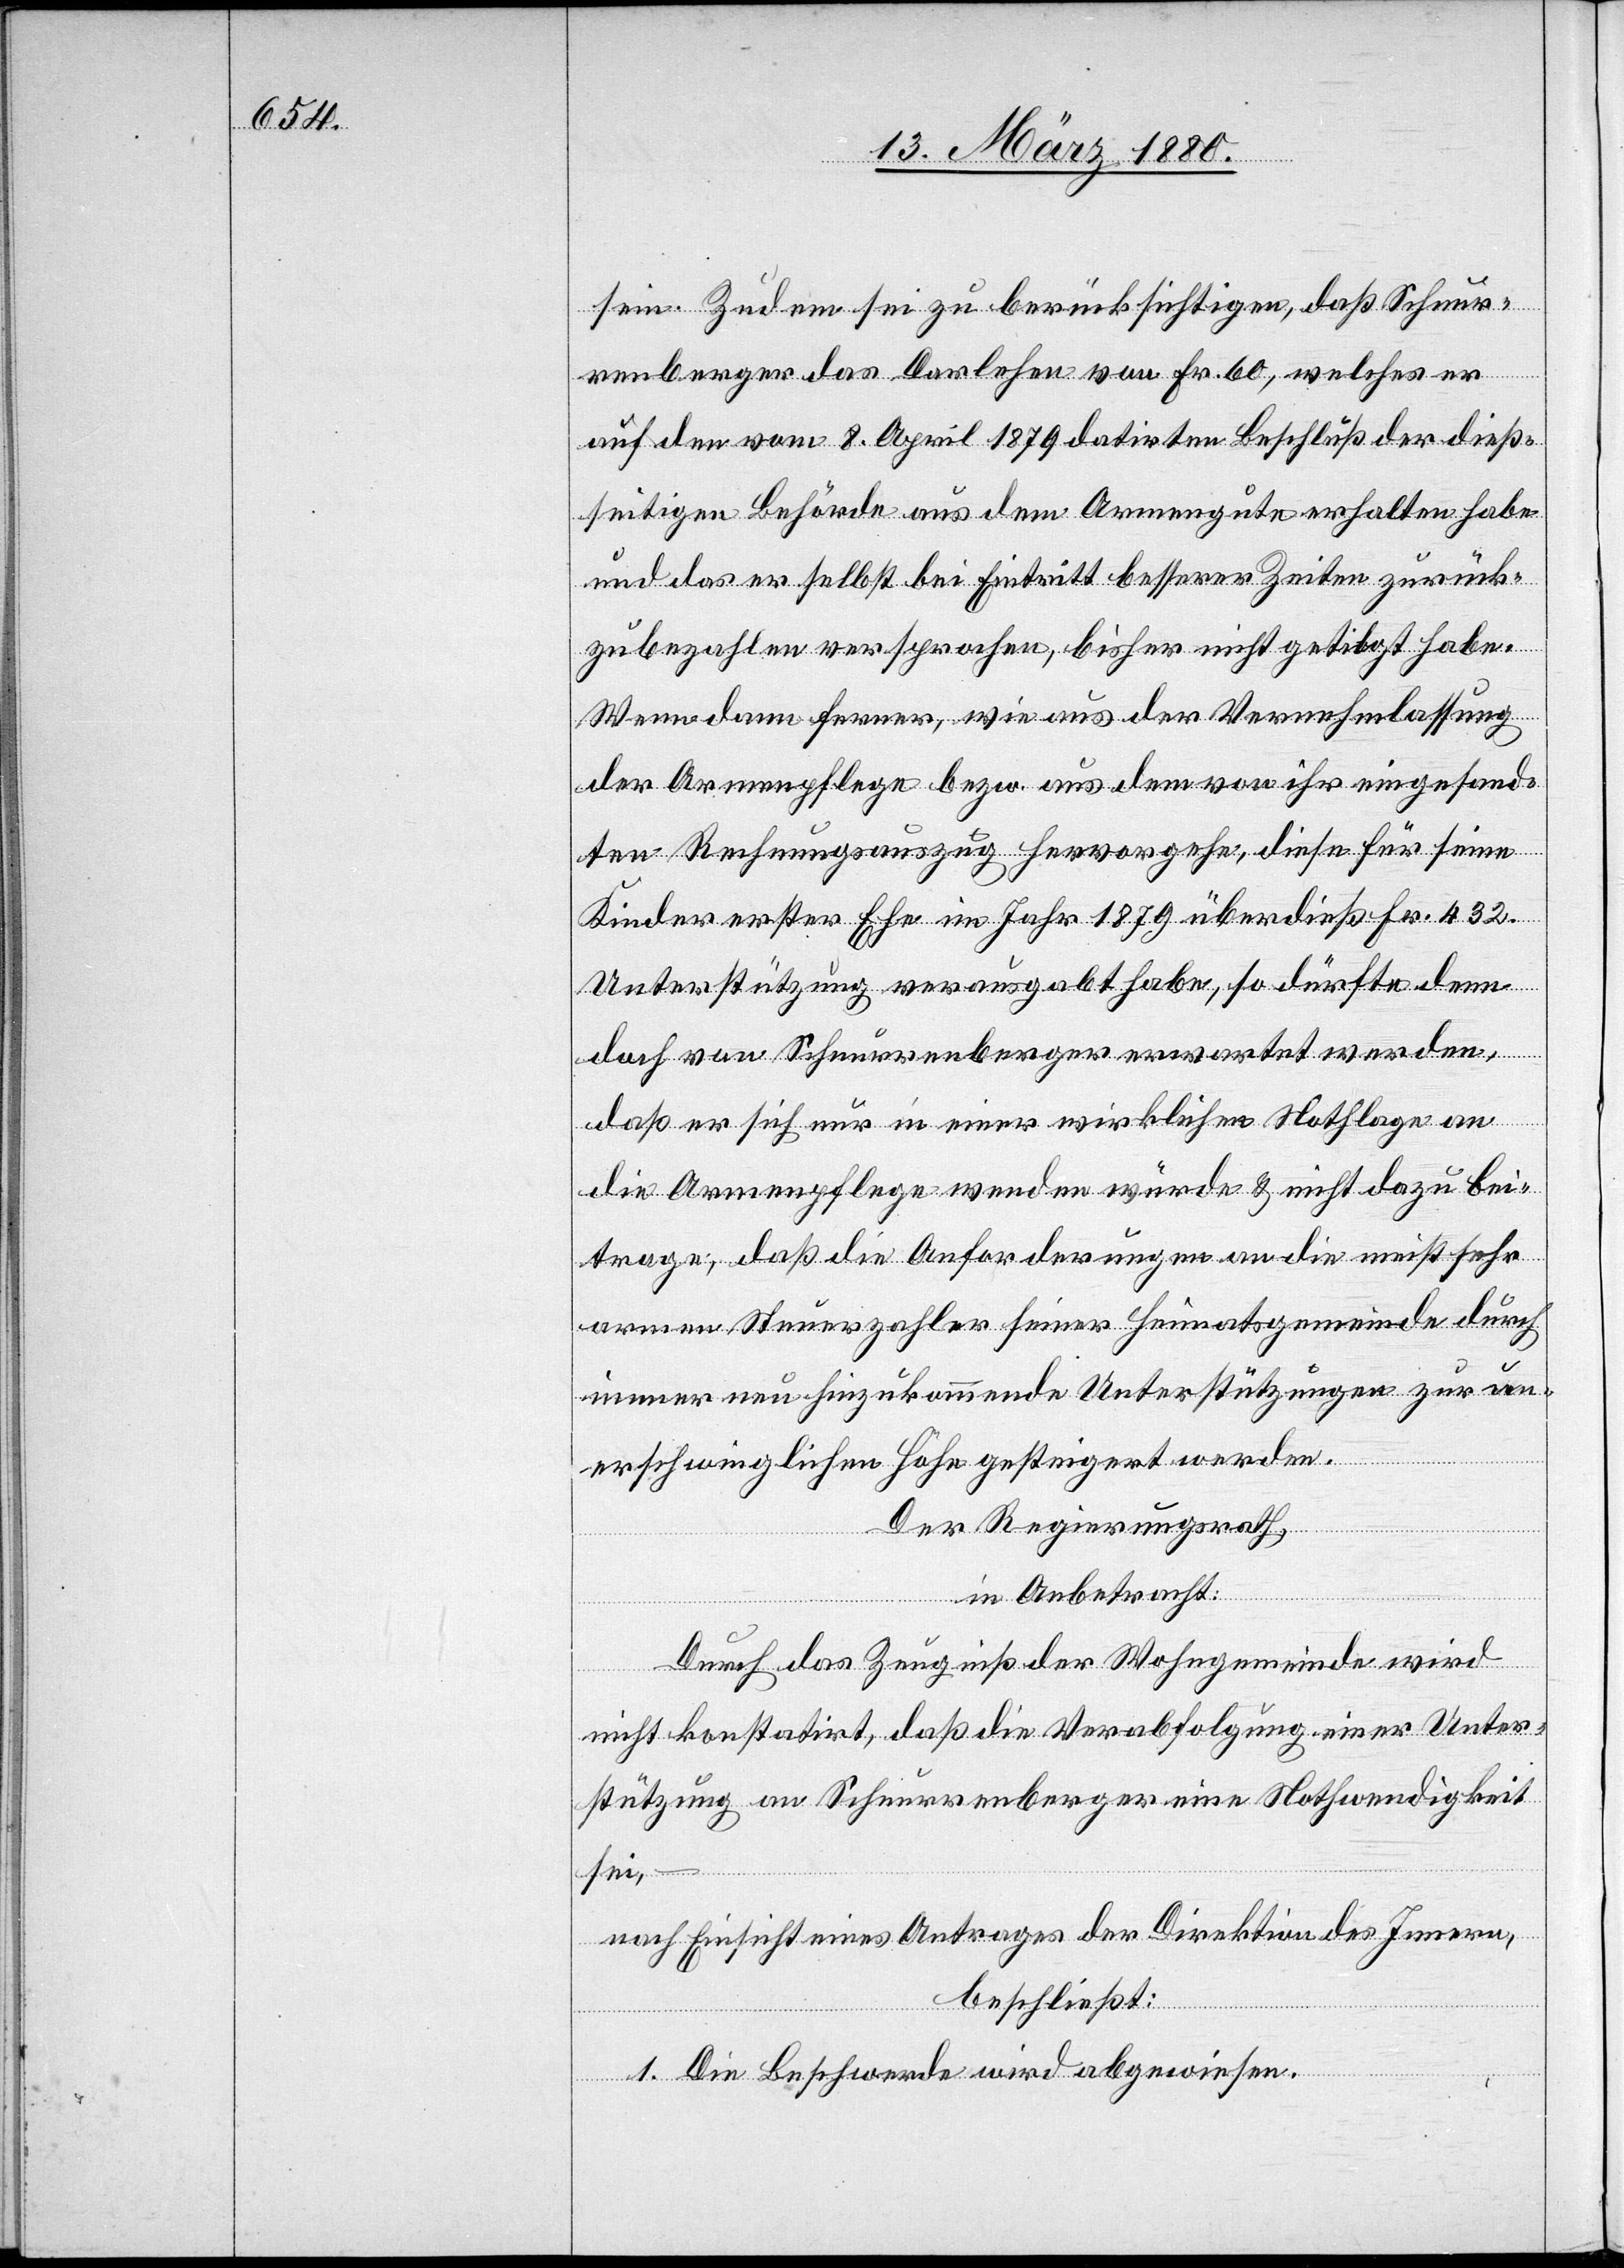
sein. Zudem sei zu berücksichtigen, daß Schnur¬
renberger das Darlehen von Fr. 60, welches er
auf den vom 8. April 1879 datirten Beschluß der dieß¬
seitigen Behörde aus dem Armengute erhalten habe
und das er selbst bei Eintritt besserer Zeiten zurück¬
zubezahlen versprochen, bisher nicht getilgt habe.
Wenn dann ferner, wie aus der Vernehmlassung
der Armenpflege bezw. aus dem von ihr eingesand¬
ten Rechnungsauszug hervorgehe, diese für seine
Kinder erster Ehe im Jahr 1879 überdieß Fr. 432.
Unterstützung verausgabt habe, so dürfte denn
doch von Schnurrenberger erwartet werden,
daß er sich nur in einer wirklichen Nothlage an
die Armenpflege wenden werde & nicht dazu bei¬
trage, daß die Anforderung an die meist sehr
armen Steuerzahler seiner Heimatsgemeinde durch
immer neu hinzukommende Unterstützungen zur un¬
erschwinglichen Höhe gesteigert werden.
Der Regierungsrath,
in Anbetracht:
Durch das Zeugniß der Wohngemeinde wird
nicht konstatirt, daß die Verabfolgung einer Unter¬
stützung an Schnurrenberger eine Nothwendigkeit
sei,
nach Einsicht eines Antrages der Direktion des Innern,
beschließt:
1. Die Beschwerde wird abgewiesen.